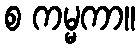
စ ကမ္မကာ။